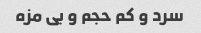
سرد و کم حجم و بی مزه